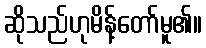
ဆိုသည်ဟုမိန့်တော်မူ၏။